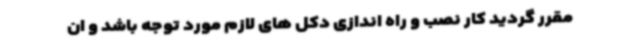
مقرر گردید کار نصب و راه اندازی دکل های لازم مورد توجه باشد و ان